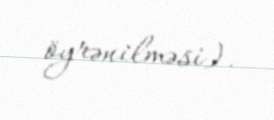
öyrənilməsi).